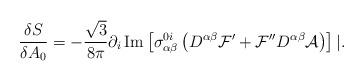
LaTeX: \begin{align*}\frac{\delta S}{\delta A_0} = - \frac{\sqrt{3}}{8\pi} \partial_i\, \mbox{Im}\left[ \sigma^{0i}_{\alpha\beta} \left(D^{\alpha\beta} {\cal F}' + {\cal F}'' D^{\alpha\beta} {\cal A}\right) \right]|.\end{align*}